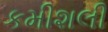
કમીશલી